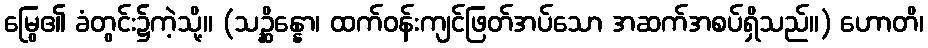
မြွေ၏ ခံတွင်း၌ကဲ့သို့။ (သဉ္ဆိန္နော၊ ထက်ဝန်းကျင်ဖြတ်အပ်သော အဆက်အစပ်ရှိသည်။) ဟောတိ၊